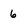
Character: 6